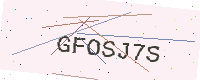
Text: GFOSJ7S